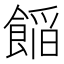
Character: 𮩁